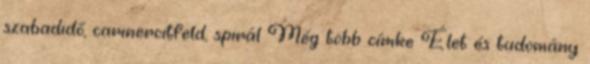
szabadidő, carineroitfeld, spirál Még több címke Élet és tudomány